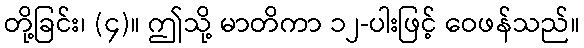
တို့ခြင်း၊ (၄)။ ဤသို့ မာတိကာ ၁၂-ပါးဖြင့် ဝေဖန်သည်။